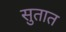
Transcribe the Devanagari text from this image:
सुतात